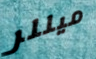
ميللر